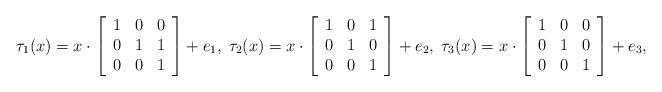
LaTeX: \begin{align*}\tau_1(x)=x\cdot\left[\begin{array}{ccc}1& 0& 0\\0 &1 &1\\0 &0& 1\end{array}\right]+e_1,\;\tau_2(x)=x\cdot\left[\begin{array}{ccc}1& 0& 1\\0& 1 &0\\0& 0& 1\end{array}\right]+e_2,\;\tau_3(x)=x\cdot\left[\begin{array}{ccc}1& 0& 0\\0 &1 &0\\0 &0& 1\end{array}\right]+e_3,\end{align*}